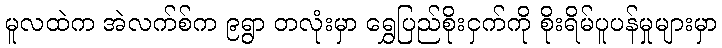
မူလထဲက အဲလက်စ်က ၉ရွာ တလုံးမှာ ရွှေပြည်စိုးငှက်ကို စိုးရိမ်ပူပန်မှုများမှာ